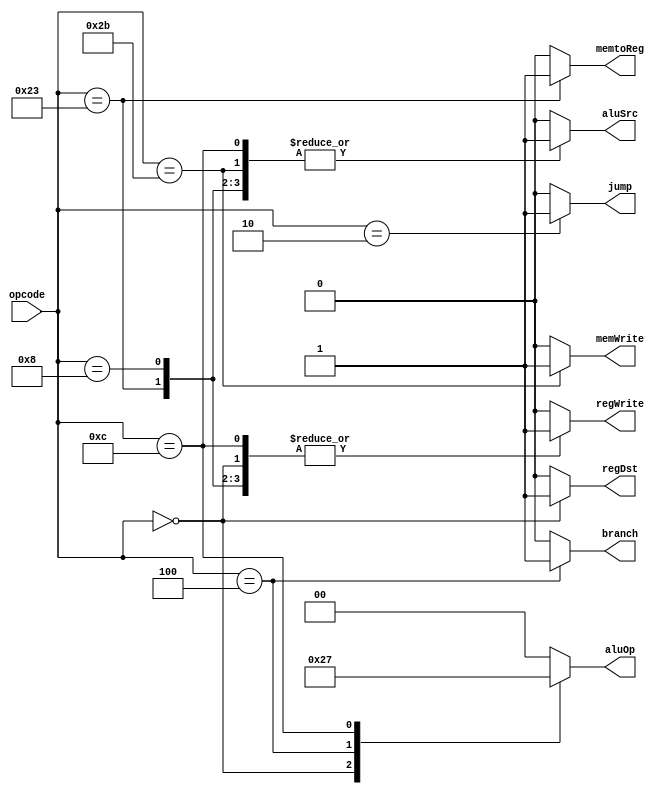
module ctrl(
  input [5:0] opcode,
  output reg regDst, aluSrc, memtoReg, regWrite, memWrite, branch, jump,
  output reg [1:0] aluOp
  );
  
  initial
  begin
    regDst = 0;
    aluSrc = 0;
    memtoReg = 0;
    regWrite = 0;
    memWrite = 0;
    branch = 0;
    aluOp = 2'b00;
    jump = 0;
  end
  
  always @(opcode)
  begin
    case (opcode)
      6'b000000:        // R-type
      begin
        regDst = 1;
        aluSrc = 0;
        memtoReg = 0;
        regWrite = 1;
        memWrite = 0;
        branch = 0;
        aluOp = 2'b10;
        jump = 0;
      end
      6'b100011:        // lw
      begin
        regDst = 0;
        aluSrc = 1;
        memtoReg = 1;
        regWrite = 1;
        memWrite = 0;
        branch = 0;
        aluOp = 2'b00;
        jump = 0;
      end
      6'b101011:        // sw
      begin
        regDst = 0;     // x
        aluSrc = 1;
        memtoReg = 0;   // x
        regWrite = 0;
        memWrite = 1;
        branch = 0;
        aluOp = 2'b00;
        jump = 0;
      end
      6'b000100:        // beq
      begin
        regDst = 0;     // x
        aluSrc = 0;
        memtoReg = 0;   // x
        regWrite = 0;
        memWrite = 0;
        branch = 1;
        aluOp = 2'b01;
        jump = 0;
      end
      6'b000010:        // jump
      begin
        regDst = 0;
        aluSrc = 0;
        memtoReg = 0;
        regWrite = 0;
        memWrite = 0;
        branch = 0;
        aluOp = 2'b00;
        jump = 1;
      end
      6'b001000:        // addi
      begin
        regDst = 0;
        aluSrc = 1;
        memtoReg = 0;
        regWrite = 1;
        memWrite = 0;
        branch = 0;
        aluOp = 2'b00;
        jump = 0;
      end
      6'b001100:        // andi
      begin
        regDst = 0;
        aluSrc = 1;
        memtoReg = 0;
        regWrite = 1;
        memWrite = 0;
        branch = 0;
        aluOp = 2'b11;
        jump = 0;
      end
      default:
      begin
        regDst = 0;
        aluSrc = 0;
        memtoReg = 0;
        regWrite = 0;
        memWrite = 0;
        branch = 0;
        aluOp = 2'b00;
        jump = 0;
      end
    endcase
  end
endmodule